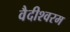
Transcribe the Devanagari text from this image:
वैदीश्वरम